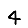
Digit: 4